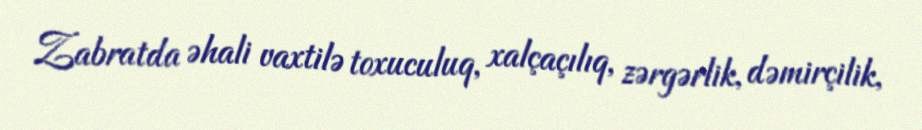
Zabratda əhali vaxtilə toxuculuq, xalçaçılıq, zərgərlik, dəmirçilik,